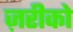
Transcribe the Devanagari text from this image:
ज़रीको